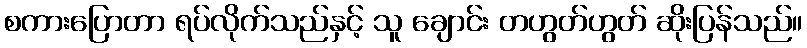
စကားပြောတာ ရပ်လိုက်သည်နှင့် သူ ချောင်း တဟွတ်ဟွတ် ဆိုးပြန်သည်။